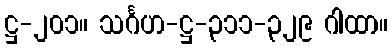
ဋ္ဌ-၂၀၁။ သင်္ဂဟ-ဋ္ဌ-၃၁၁-၃၂၉ ဂါထာ။